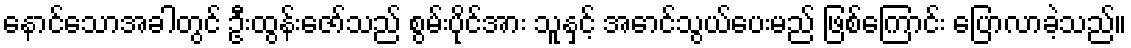
နောင်သောအခါတွင် ဦးထွန်းဇော်သည် စွမ်းပိုင်အား သူနှင့် အောင်သွယ်ပေးမည် ဖြစ်ကြောင်း ပြောလာခဲ့သည်။